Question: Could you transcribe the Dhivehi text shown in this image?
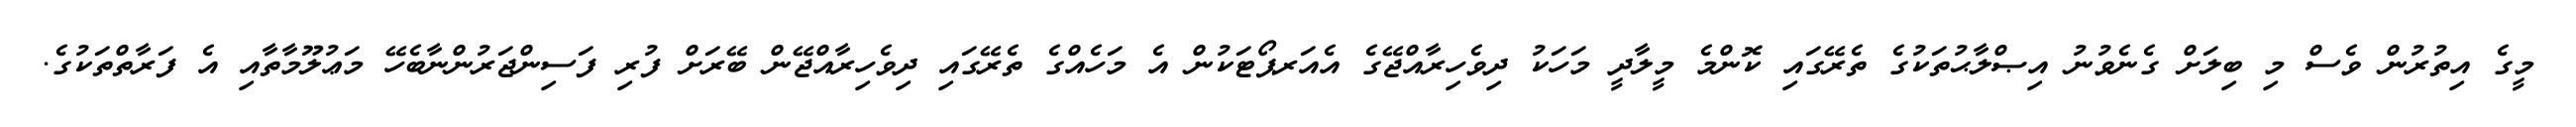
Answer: މީގެ އިތުރުން ވެސް މި ބިލަށް ގެނެވުނު އިޞްލާޙުތަކުގެ ތެރޭގައި ކޮންމެ މީލާދީ މަހަކު ދިވެހިރާއްޖޭގެ އެއަރޕޯޓަކުން އެ މަހެއްގެ ތެރޭގައި ދިވެހިރާއްޖޭން ބޭރަށް ފުރި ފަސިންޖަރުންނާބެހޭ މަޢުލޫމާތާއި އެ ފަރާތްތަކުގެ.